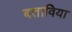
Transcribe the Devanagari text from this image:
बताविया